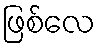
ဖြစ်လေ